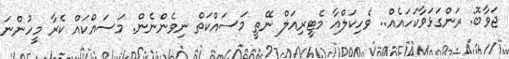
ޖަވާބޮ: ރަންގަޅަވާކަހައެއް.. ވެހިކަލްއާ މެޓީރިއަލް ނޭތީ މަސައްކަތް ނިވެންނެން. މަސައްކައް ކެރާ މީހުންނަ